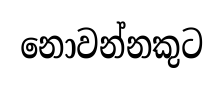
නොවන්නකුට